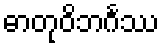
ဓာတုဝိဘင်္ဂဿ